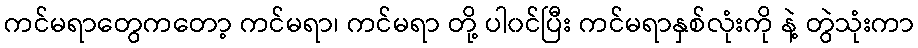
ကင်မရာတွေကတော့ ကင်မရာ၊ ကင်မရာ တို့ ပါ၀င်ပြီး ကင်မရာနှစ်လုံးကို နဲ့ တွဲသုံးကာ